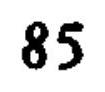
\(85\)